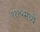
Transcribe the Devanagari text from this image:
१११५मध्ये